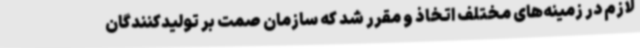
لازم در زمینه‌های مختلف اتخاذ و مقرر شد که سازمان صمت بر تولیدکنندگان